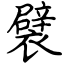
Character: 襞